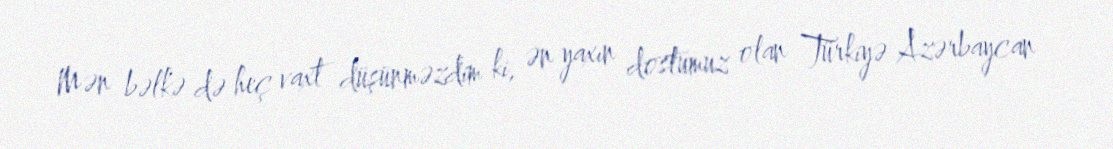
Mən bəlkə də heç vaxt düşünməzdim ki, ən yaxın dostumuz olan Türkiyə Azərbaycan